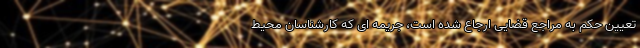
تعیین حکم به مراجع قضایی ارجاع شده است، جریمه ای که کارشناسان محیط